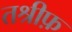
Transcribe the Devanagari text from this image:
तश्रीफ़